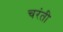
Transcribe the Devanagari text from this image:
चरंती